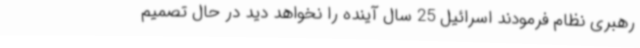
رهبری نظام فرمودند اسرائیل 25 سال آینده را نخواهد دید در حال تصمیم